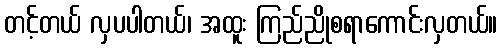
တင့်တယ် လှပပါတယ်၊ အထူး ကြည်ညိုစရာကောင်းလှတယ်။